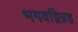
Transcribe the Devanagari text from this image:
भगवद्विग्रह